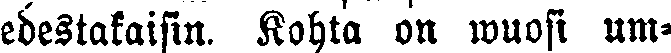
edestakaisin. Kohta on wuosi um-